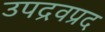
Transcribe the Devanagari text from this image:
उपद्रवप्रद